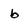
Character: b